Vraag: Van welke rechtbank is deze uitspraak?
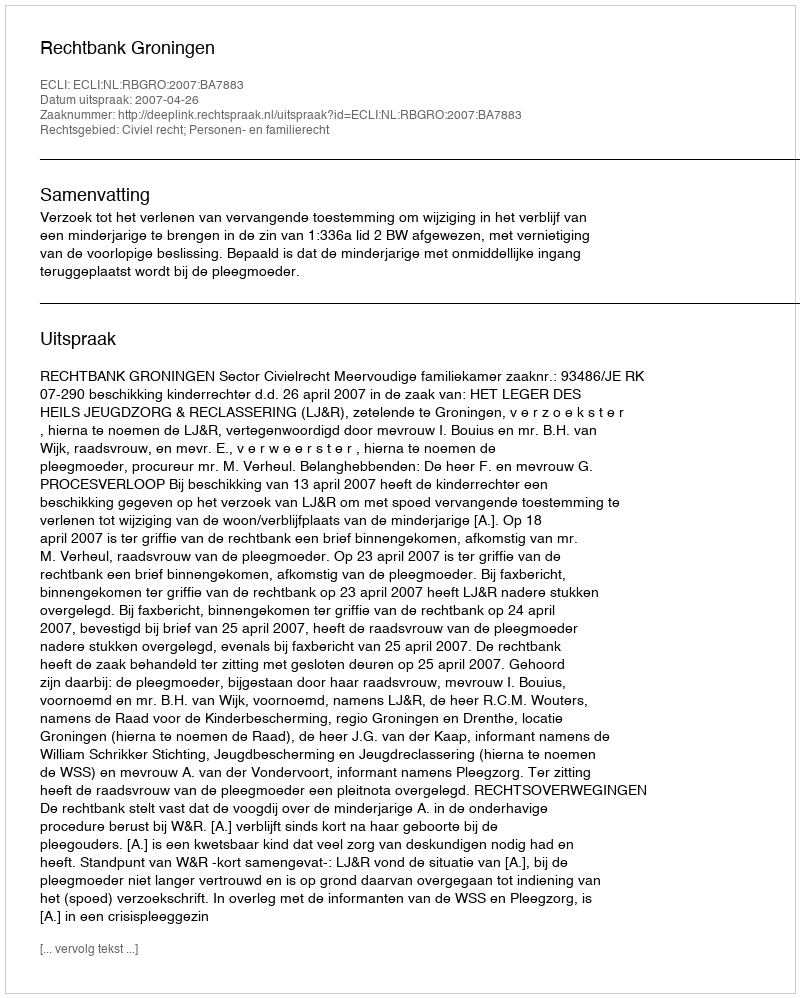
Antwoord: Rechtbank Groningen